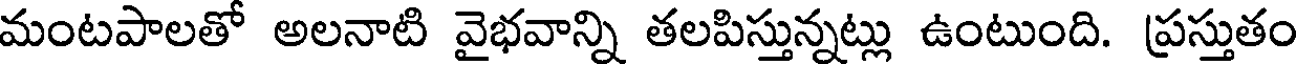
మంటపాలతో అలనాటి వైభవాన్ని తలపిస్తున్నట్లు ఉంటుంది. ప్రస్తుతం